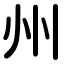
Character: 州